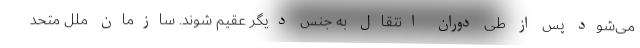
می‌شود پس از طی دوران انتقال به جنس دیگر عقیم شوند. سازمان ملل متحد